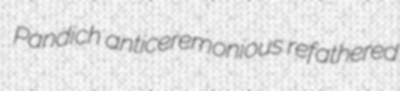
Pandich anticeremonious refathered